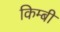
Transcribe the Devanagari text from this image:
किम्बी